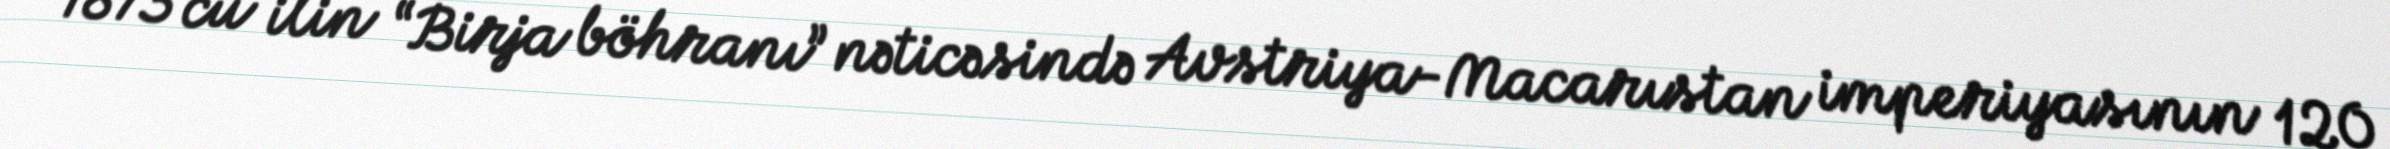
1873 cü ilin “Birja böhranı” nəticəsində Avstriya-Macarıstan imperiyasının 120